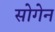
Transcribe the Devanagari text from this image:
सोगेन